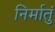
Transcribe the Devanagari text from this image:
निर्मातुं